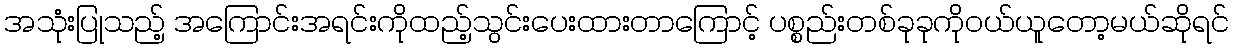
အသုံးပြုသည့် အကြောင်းအရင်းကိုထည့်သွင်းပေးထားတာကြောင့် ပစ္စည်းတစ်ခုခုကိုဝယ်ယူတော့မယ်ဆိုရင်